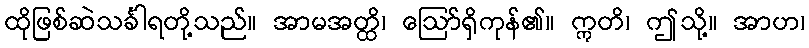
ထိုဖြစ်ဆဲသင်္ခါရတို့သည်။ အာမအတ္ထိ၊ ဩော်ရှိကုန်၏။ ဣတိ၊ ဤသို့။ အာဟ၊